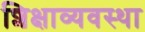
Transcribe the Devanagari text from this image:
शिक्षाव्यवस्था